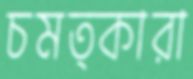
চমত্কারা